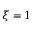
\xi = 1